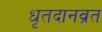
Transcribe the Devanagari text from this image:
धृतदानव्रत